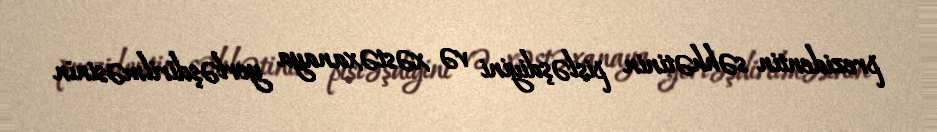
prezidentin səhhətinin pisləşdiyini və xəstəxanaya yerləşdirilməsinin